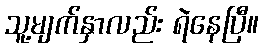
သူ့မျက်နှာလည်း ရဲနေပြီ။